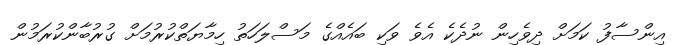
އިންސާފު ކަމަށް ދިވެހިން ނުދެކެ އެވެ ވަކި ބައެއްގެ މަސްލަހަތު ހިމާޔަތްކުރުމަށް ގުރުބާންކުރަމުން